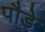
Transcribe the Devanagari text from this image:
पौडे